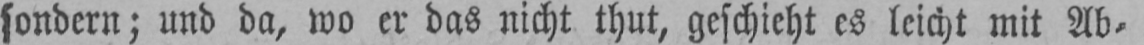
sondern; und da, wo er das nicht thut, geschieht es leicht mit Ab⸗